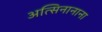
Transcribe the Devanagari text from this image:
अत्सिनानाना